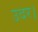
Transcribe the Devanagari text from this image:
उदर।